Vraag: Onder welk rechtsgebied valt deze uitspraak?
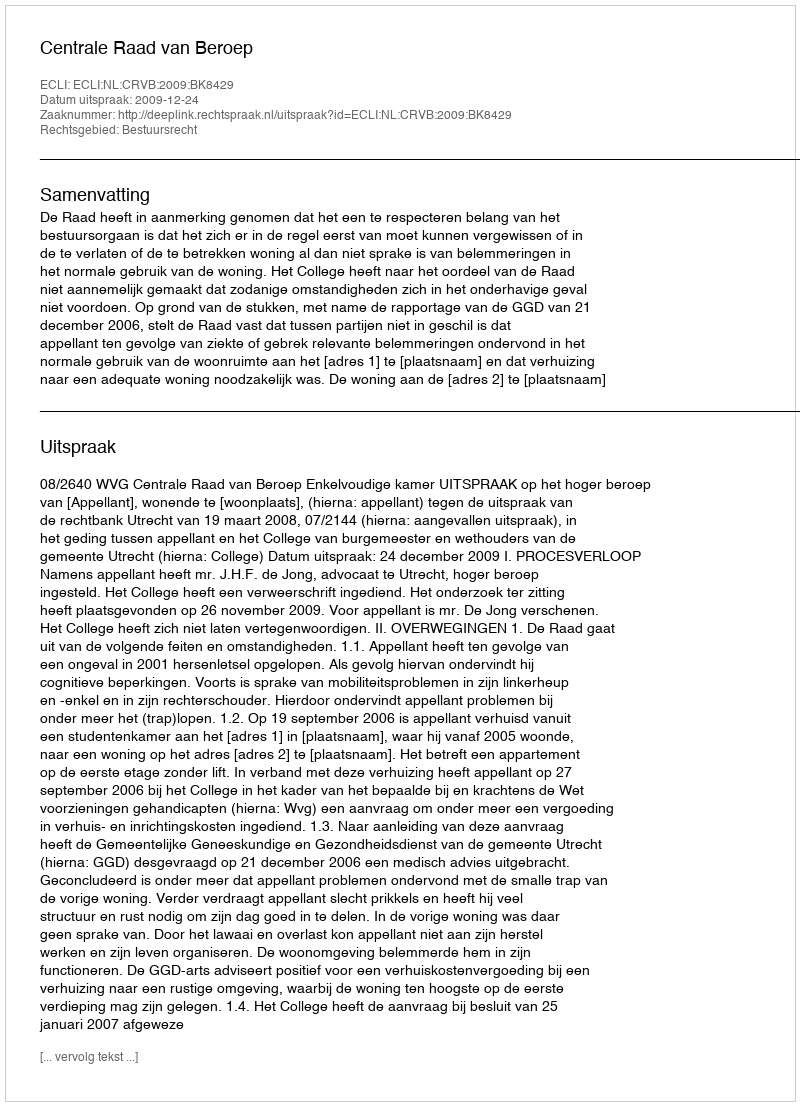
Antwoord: Bestuursrecht